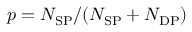
p = N _ { \mathrm { S P } } / ( N _ { \mathrm { S P } } + N _ { \mathrm { D P } } )